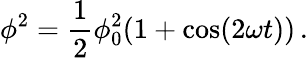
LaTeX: \phi^{2}=\frac 12\phi_{0}^{2}(1+\cos(2\omega t))\, .